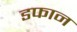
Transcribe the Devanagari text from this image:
डफान